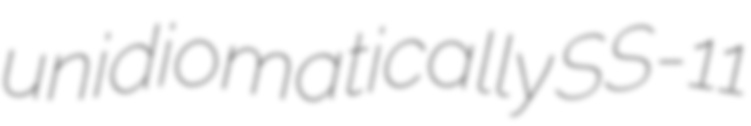
unidiomatically SS-11